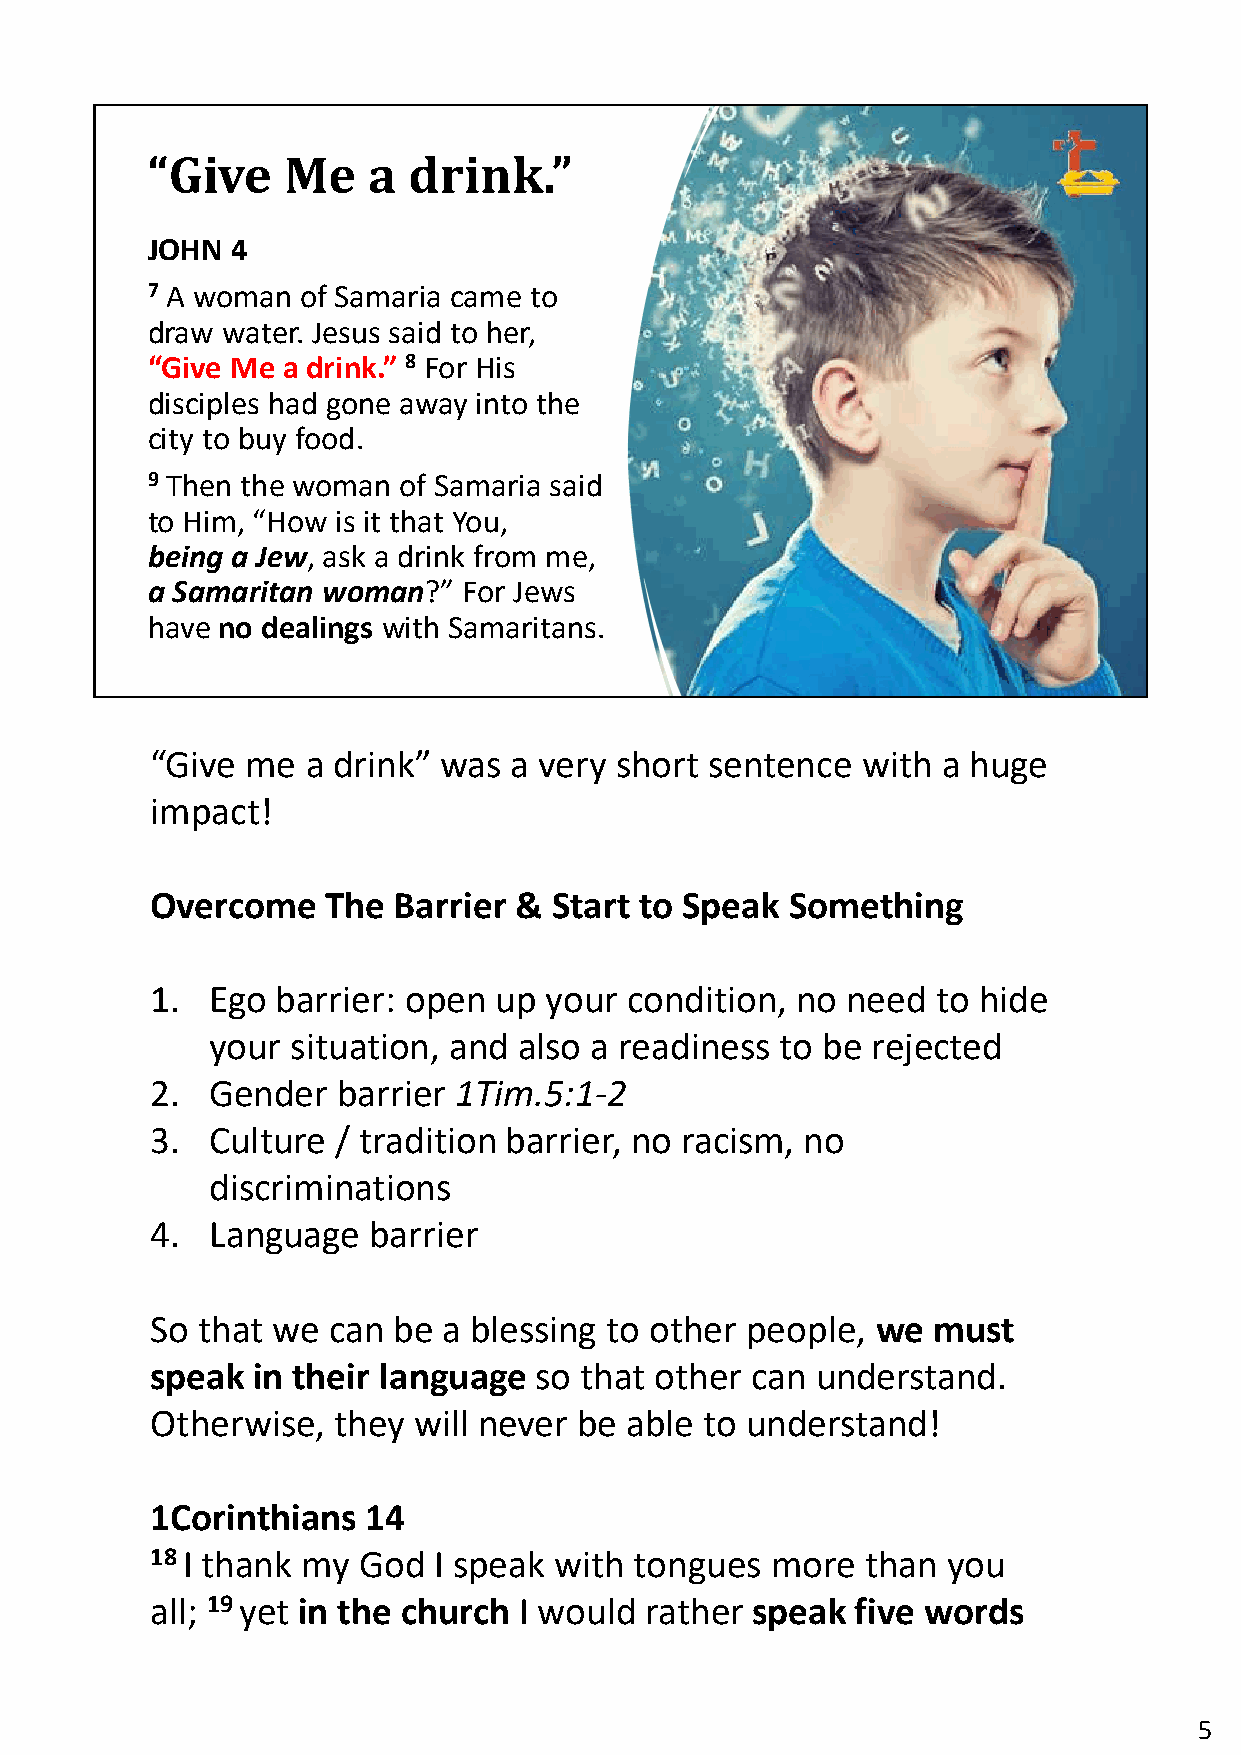
“Give    Me   a  drink.”
 JOHN 4
 7 A woman of Samaria came to
 draw water. Jesus said to her,
 “Give Me a drink.” 8 For His
 disciples had gone away into the
 city to buy food.
 9 Then the woman of Samaria said
 to Him, “How is it that You,
 being a Jew, ask a drink from me,
 a Samaritan woman?”  For Jews
 have no dealings with Samaritans.
 “Give me  a drink” was  a very short sentence  with a huge
 impact!
 Overcome    The Barrier &  Start to Speak Something
 1.  Ego barrier: open  up your condition,  no need  to hide
 your situation, and also a readiness  to be rejected
 2.  Gender  barrier 1Tim.5:1-2
 3.  Culture / tradition barrier, no racism, no
 discriminations
 4.  Language  barrier
 So that we  can be a blessing to other people,  we  must
 speak  in their language so that other  can understand.
 Otherwise,  they will never be able  to understand!
 1Corinthians  14
 18 I thank my God  I speak with tongues  more  than  you
 all; 19 yet in the church I would rather speak five words
 5